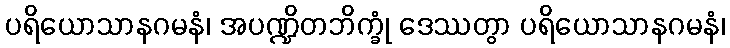
ပရိယောသာနဂမနံ၊ အပဏ္ဍိတဘိက္ခုံ ဒေဿတွာ ပရိယောသာနဂမနံ၊